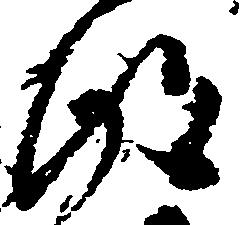
得